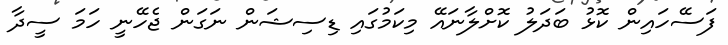
ފަސޭހައިން ކޮޅު ބަދަލު ކޮށްލާނައޭ މިކަމުގައި ޑިސިޝަން ނަގަން ޖެހޭނީ ހަމަ ސީދާ